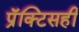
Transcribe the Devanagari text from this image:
प्रॅक्टिसही